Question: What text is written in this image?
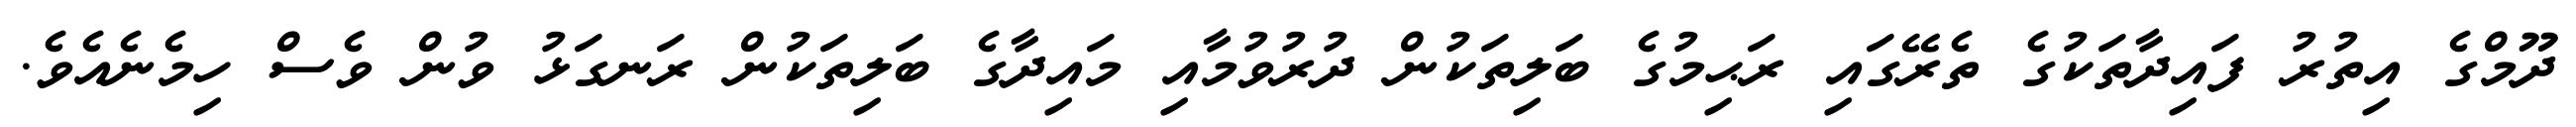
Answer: ދޫމްގެ އިތުރު ފައިދާތަކުގެ ތެރޭގައި ރަޙިމުގެ ބަލިތަކުން ދުރުވުމާއި މައިދާގެ ބަލިތަކުން ރަނގަޅު ވުން ވެސް ހިމެނެއެވެ.